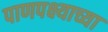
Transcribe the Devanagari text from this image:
पाणपक्ष्याच्या